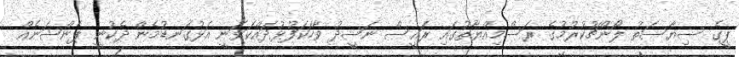
ޕީގެ ސިޔާސަތު ލޯންޗުކުރުމުގެ ރަސްމިއްޔާތުގައި ރައީސް ނަޝީދު ވާހަކަފުޅުދައްކަވަނީ އަޅުގަނޑުމެން ދެކުނީ ޕެންޝަނެއް